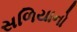
સળિયાનો